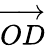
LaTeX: \overrightarrow{OD}